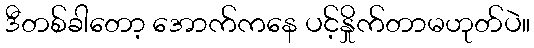
ဒီတစ်ခါတော့ အောက်ကနေ ပင့်နှိုက်တာမဟုတ်ပဲ။